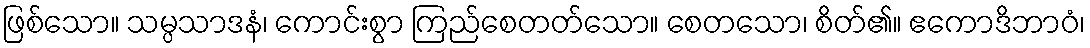
ဖြစ်သော။ သမ္ပသာဒနံ၊ ကောင်းစွာ ကြည်စေတတ်သော။ စေတသော၊ စိတ်၏။ ဧကောဒိဘာဝံ၊